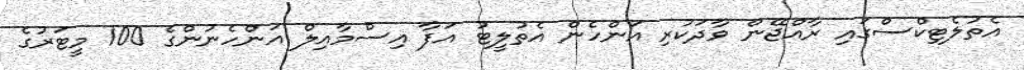
އެތުލެޓިކްސްގައި ރާއްޖޭން ވާދަކުރި އަންހެން އެތުލީޓު އަފާ އިސްމާއިލް އަންހެނުންގެ 100 މީޓަރުގެ